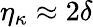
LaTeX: \eta_{\kappa}\approx 2\delta